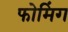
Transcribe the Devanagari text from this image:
फोमिंग